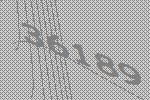
36189